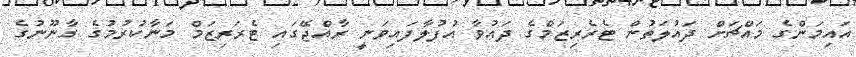
އައިމަންގެ މައްޗަށް ދައުލަތުން ޓެރެރިޒަމްގެ ދައުވާ އުފުލާފައިވަނީ ރާއްޖޭގައި ޓެރަރިޒަމް މަނާކުރުމުގެ ގާނޫނުގެ